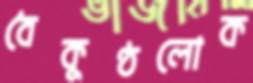
বৈকুণ্ঠলোক